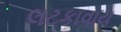
લટકાવાય